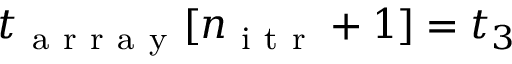
t _ { \mathrm { ~ a ~ r ~ r ~ a ~ y ~ } } [ n _ { \mathrm { ~ i ~ t ~ r ~ } } + 1 ] = t _ { 3 }